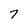
Character: 7